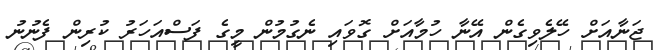
ޖަނާއަށް ހޭލެވިގެން އޭނާ ހުމާއަށް ގޮވައި ނެގުމުން މީގެ ފަސްއަހަރު ކުރިން ފެނުނު